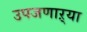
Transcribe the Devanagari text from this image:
उपजणाऱ्या